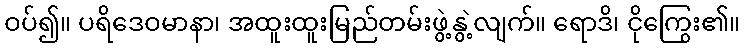
ဝပ်၍။ ပရိဒေဝမာနာ၊ အထူးထူးမြည်တမ်းဖွဲ့နွဲ့လျက်။ ရောဒိ၊ ငိုကြွေး၏။